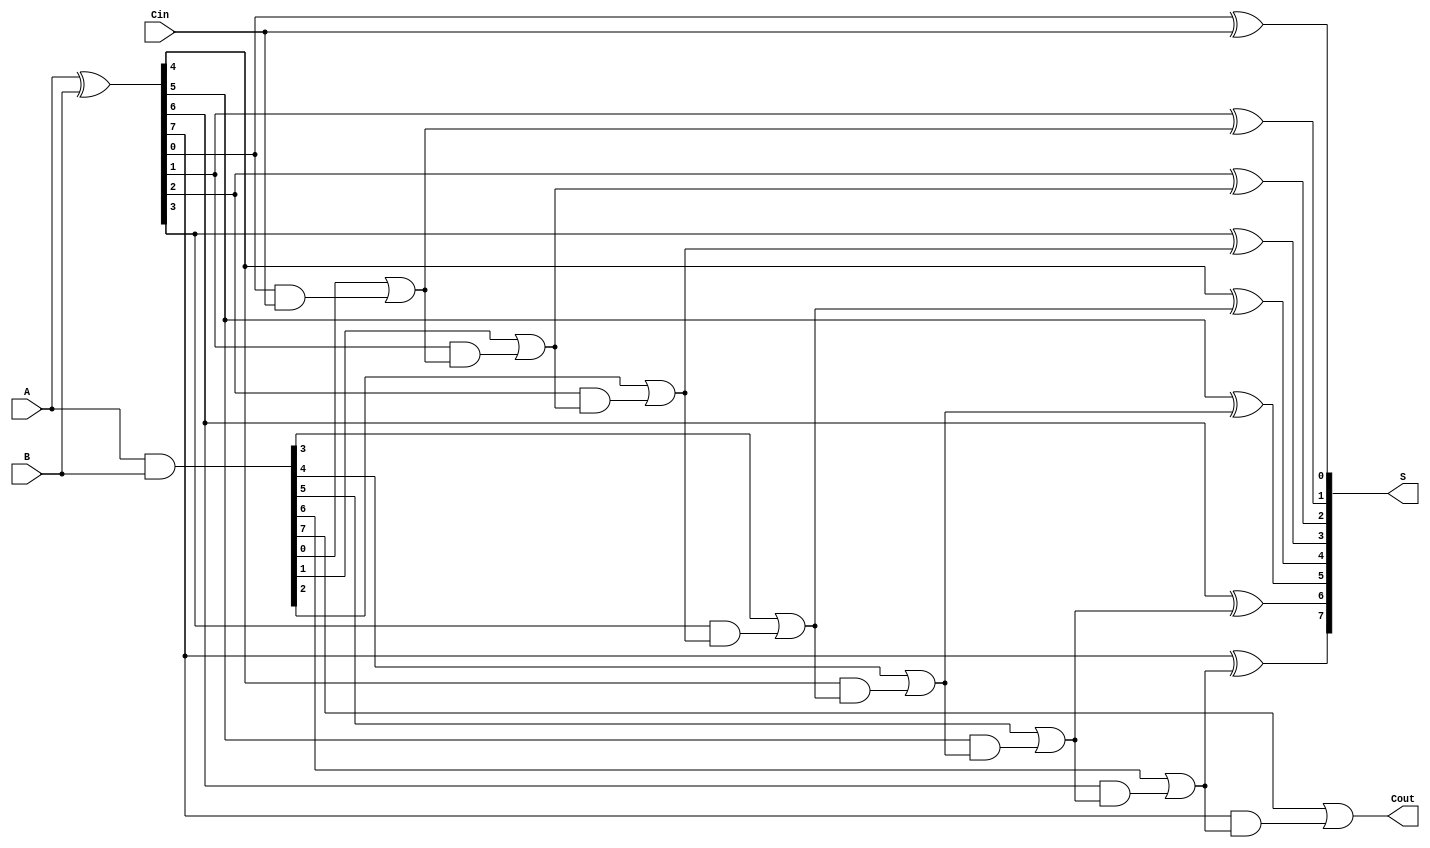
module ParallelPrefixAdder #(
    parameter N = 8 // Bit-width of the adder
)(
    input  [N-1:0] A,      // First operand
    input  [N-1:0] B,      // Second operand
    input  Cin,            // Carry-in
    output [N-1:0] S,      // Sum output
    output Cout            // Carry-out
);

    // Generate and Propagate signals
    wire [N-1:0] G; // Generate
    wire [N-1:0] P; // Propagate
    wire [N:0] C;    // Carry

    // Generate and Propagate calculations
    assign G = A & B;          // Generate
    assign P = A ^ B;          // Propagate
    assign C[0] = Cin;         // Carry-in

    // Kogge-Stone Prefix Network
    genvar i, j;
    generate
        // Level 1
        for (i = 0; i < N; i = i + 1) begin
            assign C[i + 1] = G[i] | (P[i] & C[i]);
        end

        // Sum calculation
        for (j = 0; j < N; j = j + 1) begin
            assign S[j] = P[j] ^ C[j];
        end
    endgenerate

    // Final carry-out
    assign Cout = C[N];

endmodule